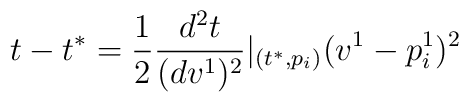
t-t^{*}=\frac 12\frac{d^2t}{(dv^1)^2}|_{(t^{*},p_i)}(v^1-p_i^1)^2